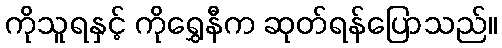
ကိုသူရနှင့် ကိုရွှေနီက ဆုတ်ရန်ပြောသည်။